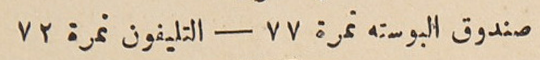
صندوق البوسته نمرة ٧٧ – التليفون نمرة ٧٢